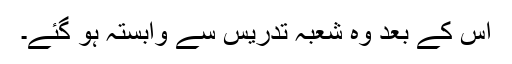
اس کے بعد وہ شعبہ تدریس سے وابستہ ہو گئے۔